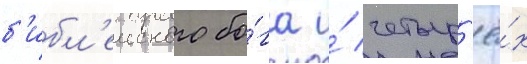
б'ибл'еиского бо́га и́ четыр'ё́х